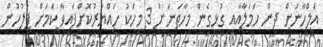
އަލްހާނަށް ދިން ހަމަލާއާއި ގުޅިގެން މިހާތަނަށް 3 މީހަކު ހައްޔަރުކޮށްފައިވާ ކަމަށް ފުލުހުން